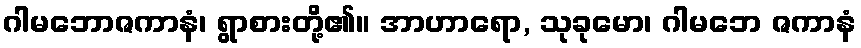
ဂါမဘောဇကာနံ၊ ရွာစားတို့၏။ အာဟာရော, သုခုမော၊ ဂါမဘေ ဇကာနံ